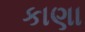
કાણા